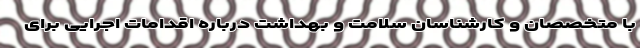
با متخصصان و کارشناسان سلامت و بهداشت درباره اقدامات اجرایی برای